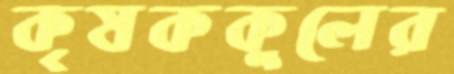
কৃষককুলের